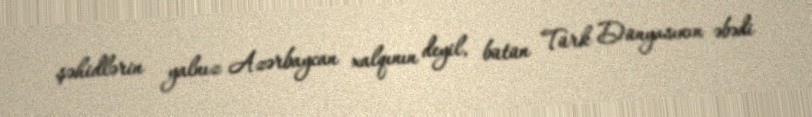
şəhidlərin yalnız Azərbaycan xalqının deyil, bütün Türk Dünyasının əbədi